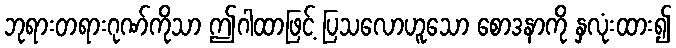
ဘုရားတရားဂုဏ်ကိုသာ ဤဂါထာဖြင့် ပြသလောဟူသော စောဒနာကို နှလုံးထား၍